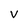
Character: v